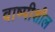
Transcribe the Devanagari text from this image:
वाष्पीशील